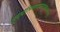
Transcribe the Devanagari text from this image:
सुच्याभिसर्पणमदृष्टकारणम्।